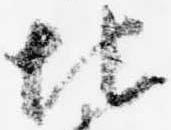
地